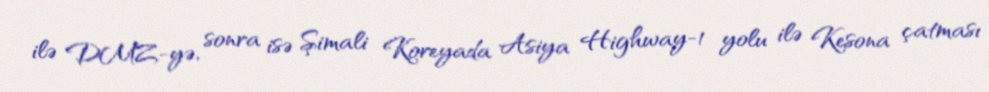
ilə DMZ-yə, sonra isə Şimali Koreyada Asiya Highway-1 yolu ilə Kesona çatması